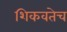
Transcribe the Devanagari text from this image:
शिकवतेच